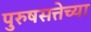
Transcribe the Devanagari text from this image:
पुरुषसत्तेच्या